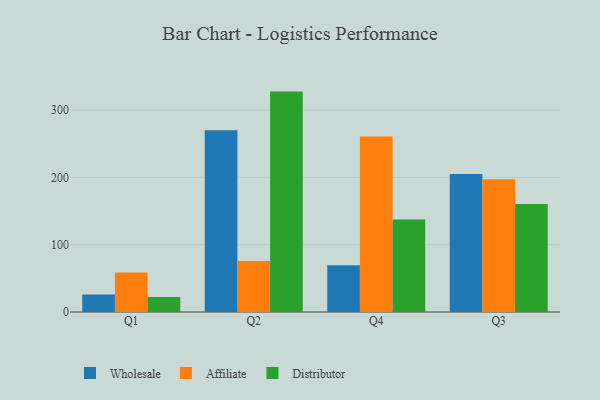
{"axis": {"x": "Quarter", "y": "Page Views"}, "legend": ["Affiliate", "Distributor", "Wholesale"], "data": [{"x": "Q1", "y": 25.9, "type": "Wholesale"}, {"x": "Q1", "y": 58.8, "type": "Affiliate"}, {"x": "Q1", "y": 22.4, "type": "Distributor"}, {"x": "Q2", "y": 270.0, "type": "Wholesale"}, {"x": "Q2", "y": 75.7, "type": "Affiliate"}, {"x": "Q2", "y": 327.5, "type": "Distributor"}, {"x": "Q4", "y": 69.6, "type": "Wholesale"}, {"x": "Q4", "y": 260.7, "type": "Affiliate"}, {"x": "Q4", "y": 137.6, "type": "Distributor"}, {"x": "Q3", "y": 205.1, "type": "Wholesale"}, {"x": "Q3", "y": 197.1, "type": "Affiliate"}, {"x": "Q3", "y": 160.5, "type": "Distributor"}]}